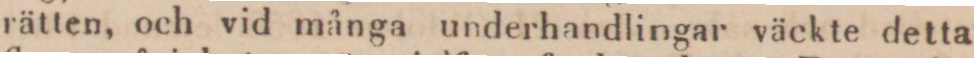
rätten, och vid många underhandlingar väckte detta